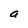
Character: a